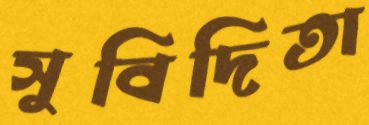
সুবিদিতা